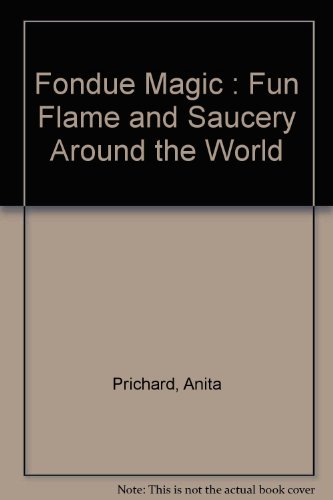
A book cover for Fondue magic; fun, flame, and saucery around the world; Anita Prichard; Cookbooks, Food & Wine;